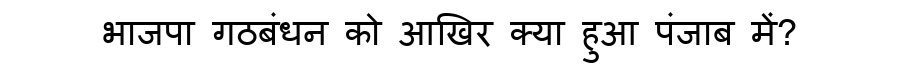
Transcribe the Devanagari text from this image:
भाजपा गठबंधन को आखिर क्या हुआ पंजाब में?